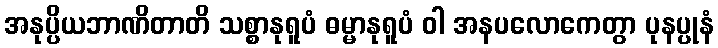
အနုပ္ပိယဘာဏိတာတိ သစ္စာနုရူပံ ဓမ္မာနုရူပံ ဝါ အနပလောကေတွာ ပုနပ္ပုနံ